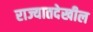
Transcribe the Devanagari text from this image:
राज्यातदेखील